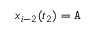
x _ { i - 2 } ( t _ { 2 } ) = \mathtt { A }